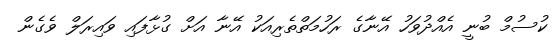
ކުސުމް ބުނީ އެއްދުވަހު އޭނާގެ ރަހުމަތްތެރިއަކު އޭނާ އަށް ގުޅާފައި ވައިރަލް ވެގެން